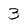
Character: 3